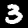
Digit: 3